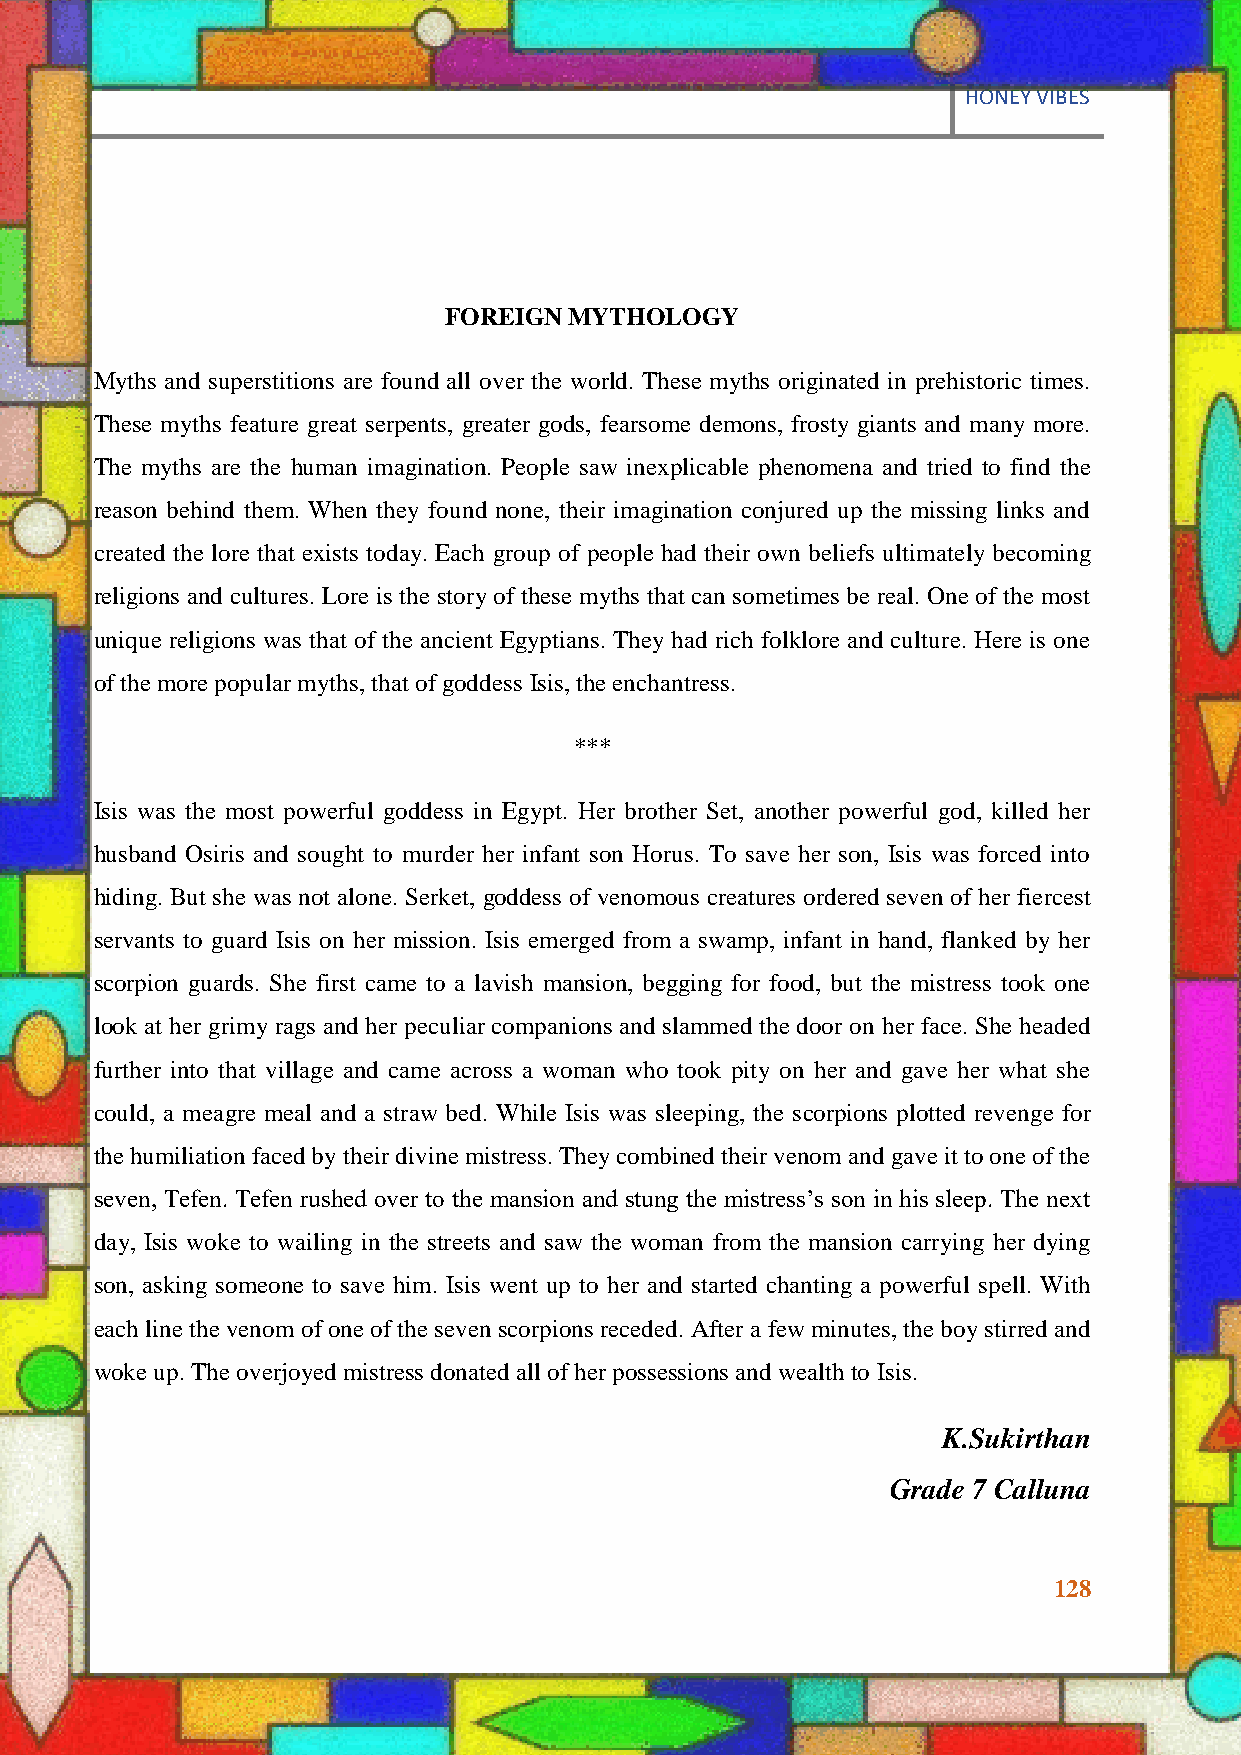
HONEY VIBES
 FOREIGN  MYTHOLOGY
 Myths and superstitions are found all over the world. These myths originated in prehistoric times.
 These myths feature great serpents, greater gods, fearsome demons, frosty giants and many more.
 The myths are the human imagination. People saw inexplicable phenomena and tried to find the
 reason behind them. When they found none, their imagination conjured up the missing links and
 created the lore that exists today. Each group of people had their own beliefs ultimately becoming
 religions and cultures. Lore is the story of these myths that can sometimes be real. One of the most
 unique religions was that of the ancient Egyptians. They had rich folklore and culture. Here is one
 of the more popular myths, that of goddess Isis, the enchantress.
 ***
 Isis was the most powerful goddess in Egypt. Her brother Set, another powerful god, killed her
 husband Osiris and sought to murder her infant son Horus. To save her son, Isis was forced into
 hiding. But she was not alone. Serket, goddess of venomous creatures ordered seven of her fiercest
 servants to guard Isis on her mission. Isis emerged from a swamp, infant in hand, flanked by her
 scorpion guards. She first came to a lavish mansion, begging for food, but the mistress took one
 look at her grimy rags and her peculiar companions and slammed the door on her face. She headed
 further into that village and came across a woman who took pity on her and gave her what she
 could, a meagre meal and a straw bed. While Isis was sleeping, the scorpions plotted revenge for
 the humiliation faced by their divine mistress. They combined their venom and gave it to one of the
 seven, Tefen. Tefen rushed over to the mansion and stung the mistress‟s son in his sleep. The next
 day, Isis woke to wailing in the streets and saw the woman from the mansion carrying her dying
 son, asking someone to save him. Isis went up to her and started chanting a powerful spell. With
 each line the venom of one of the seven scorpions receded. After a few minutes, the boy stirred and
 woke up. The overjoyed mistress donated all of her possessions and wealth to Isis.
 K.Sukirthan
 Grade 7 Calluna
 128